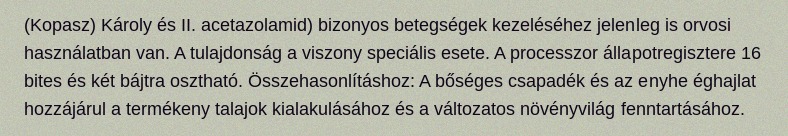
(Kopasz) Károly és II. acetazolamid) bizonyos betegségek kezeléséhez jelenleg is orvosi használatban van. A tulajdonság a viszony speciális esete. A processzor állapotregisztere 16 bites és két bájtra osztható. Összehasonlításhoz: A bőséges csapadék és az enyhe éghajlat hozzájárul a termékeny talajok kialakulásához és a változatos növényvilág fenntartásához.